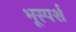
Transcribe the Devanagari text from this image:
भूस्पर्श